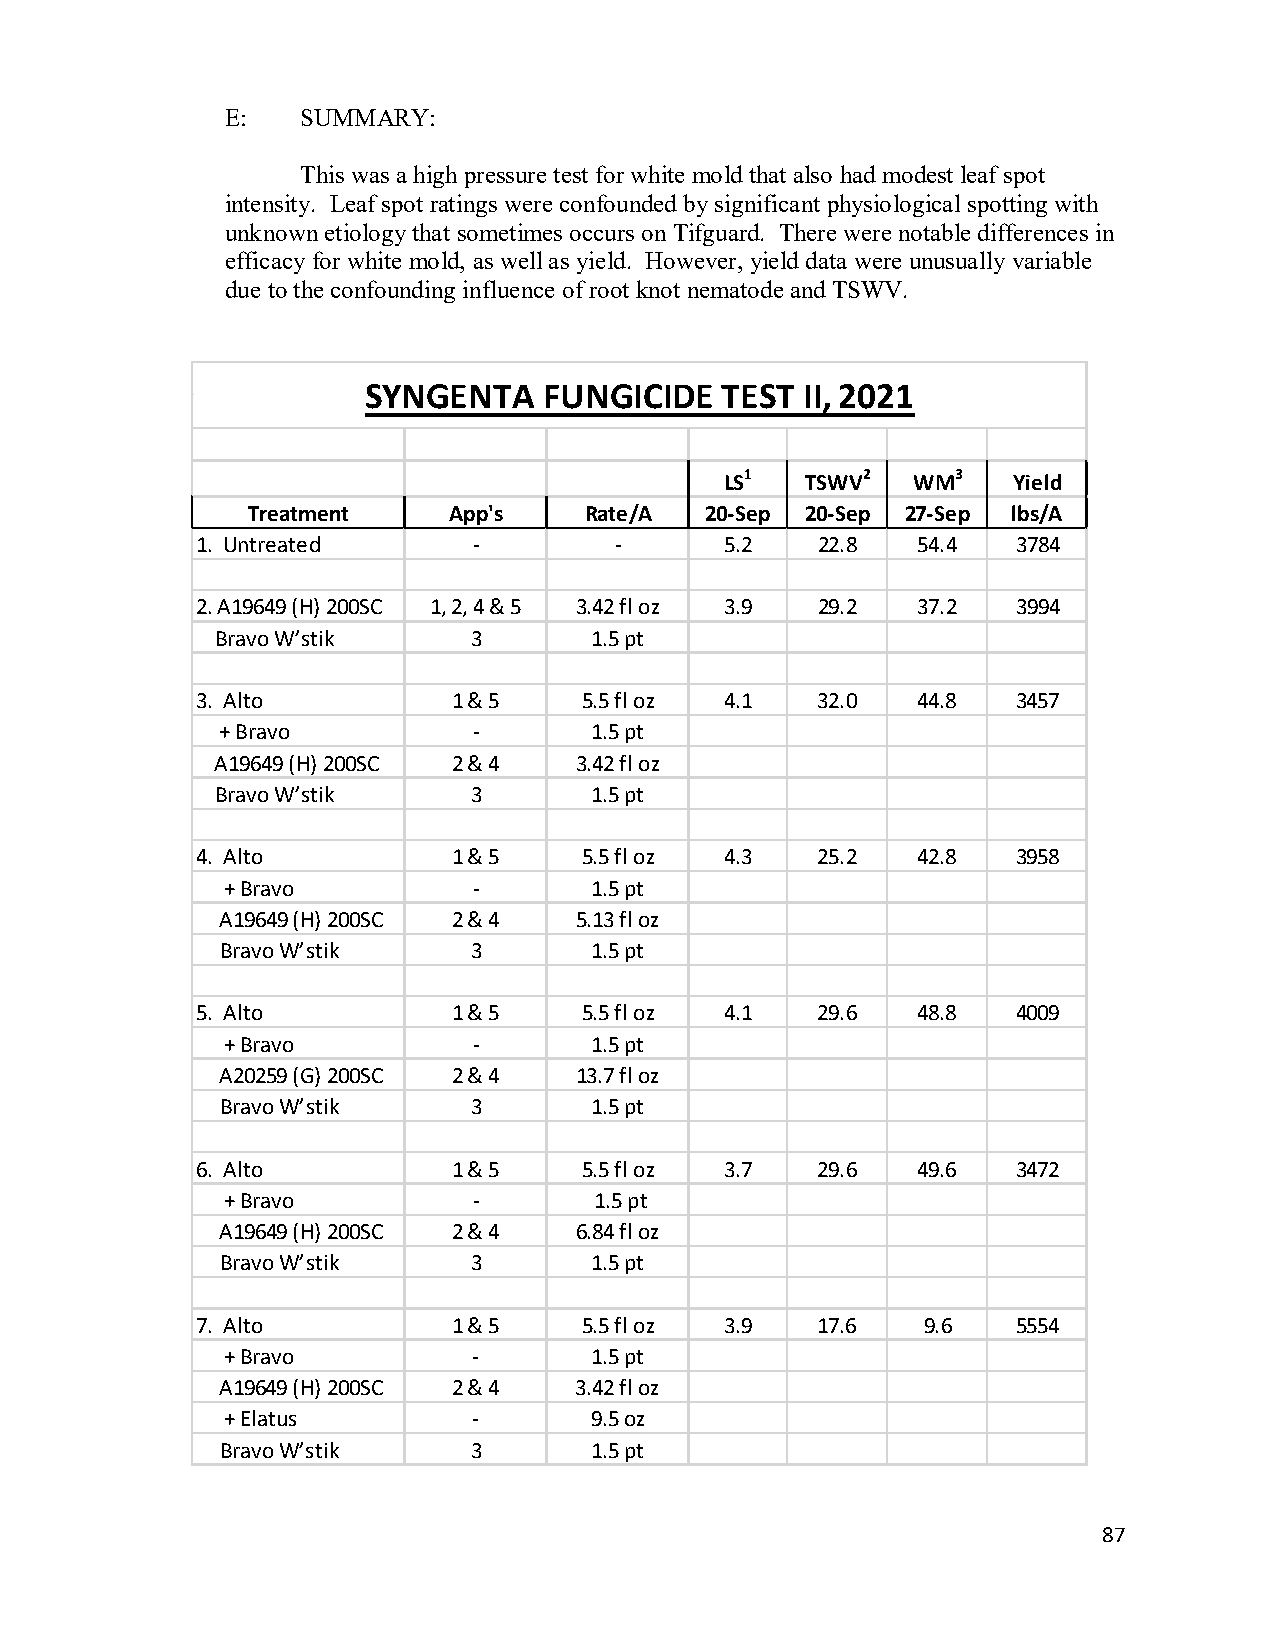
E:   SUMMARY:
 This was a high pressure test for white mold that also had modest leaf spot
 intensity. Leaf spot ratings were confounded by significant physiological spotting with
 unknown etiology that sometimes occurs on Tifguard. There were notable differences in
 efficacy for white mold, as well as yield. However, yield data were unusually variable
 due to the confounding influence of root knot nematode and TSWV.
 SYNGENTA    FUNGICIDE   TEST II, 2021
 LS1  TSWV2  WM3    Yield
 Treatment     App's    Rate/A  20-Sep 20-Sep 27-Sep lbs/A
 1. Untreated      -         -      5.2   22.8   54.4  3784
 2. A19649 (H) 200SC 1, 2, 4 & 5 3.42 fl oz 3.9 29.2 37.2 3994
 Bravo W’stik     3       1.5 pt
 3. Alto          1 & 5    5.5 fl oz 4.1  32.0   44.8  3457
 + Bravo         -       1.5 pt
 A19649 (H) 200SC 2 & 4  3.42 fl oz
 Bravo W’stik     3       1.5 pt
 4. Alto          1 & 5    5.5 fl oz 4.3  25.2   42.8  3958
 + Bravo         -       1.5 pt
 A19649 (H) 200SC 2 & 4 5.13 fl oz
 Bravo W’stik    3       1.5 pt
 5. Alto          1 & 5    5.5 fl oz 4.1  29.6   48.8  4009
 + Bravo         -       1.5 pt
 A20259 (G) 200SC 2 & 4 13.7 fl oz
 Bravo W’stik    3       1.5 pt
 6. Alto          1 & 5    5.5 fl oz 3.7  29.6   49.6  3472
 + Bravo         -       1.5 pt
 A19649 (H) 200SC 2 & 4 6.84 fl oz
 Bravo W’stik    3       1.5 pt
 7. Alto          1 & 5    5.5 fl oz 3.9  17.6   9.6   5554
 + Bravo         -       1.5 pt
 A19649 (H) 200SC 2 & 4 3.42 fl oz
 + Elatus        -       9.5 oz
 Bravo W’stik    3       1.5 pt
 87